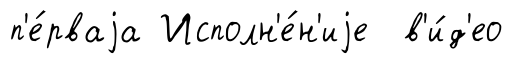
п'е́рваjа Исполн'е́н'иjе в'и́д'ео